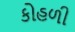
કોહળી